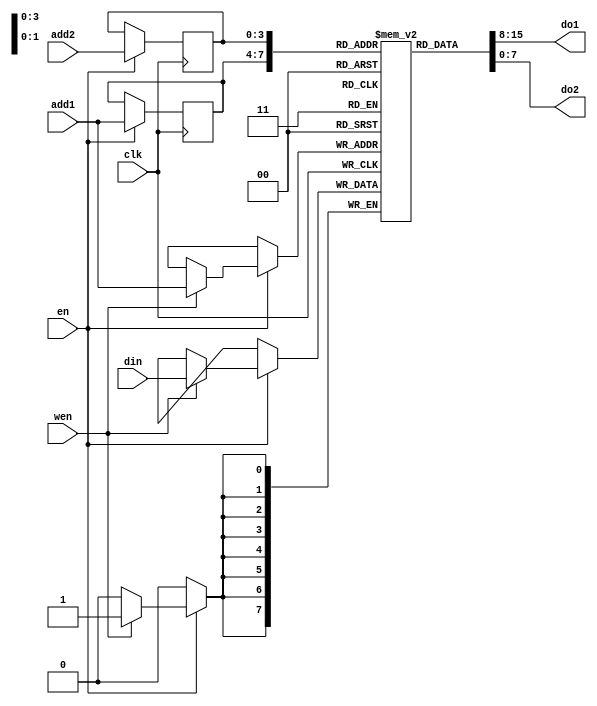
module RAM(
				output [7:0]do1,do2,
				input [3:0]add1,add2,
				input [7:0]din,
				input wen,clk,en
				);

reg [7:0] ram[15:0];
reg [3:0]radd1,radd2;
always @(posedge clk)
begin
	if(en)
	begin
		if(wen)
			ram[add1]<=din;
		radd1<=add1;
		radd2<=add2;
	end
end
assign do1= ram[radd1],
	do2=ram[radd2];
endmodule